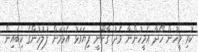
ކުރި މީހުން ހޯދާ އެމީހުންނާ މެދު ގާނޫނީ ފިޔަވަޅު އެޅުމަށް ފުލުހުންގެ ކިބައިން